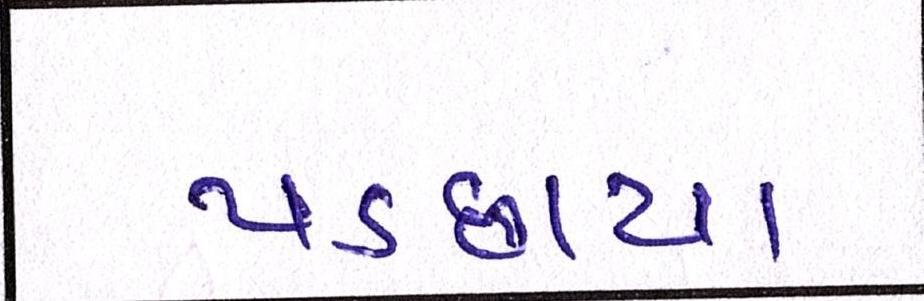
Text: પડછાયા